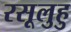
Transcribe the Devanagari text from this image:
रसूलुहु